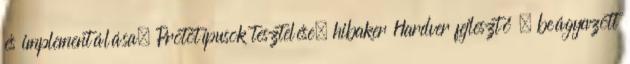
és implementálása; Prototípusok tesztelése, hibaker Hardver fejlesztő – beágyazott